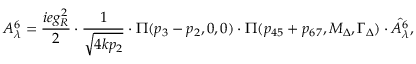
A _ { \lambda } ^ { 6 } = \frac { i e g _ { R } ^ { 2 } } { 2 } \cdot \frac { 1 } { \sqrt { 4 k p _ { 2 } } } \cdot \Pi ( p _ { 3 } - p _ { 2 } , 0 , 0 ) \cdot \Pi ( p _ { 4 5 } + p _ { 6 7 } , M _ { \Delta } , \Gamma _ { \Delta } ) \cdot \hat { A _ { \lambda } ^ { 6 } } ,